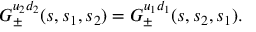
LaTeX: { \cal G } _ { \pm } ^ { u _ { 2 } d _ { 2 } } ( s , s _ { 1 } , s _ { 2 } ) = { \cal G } _ { \pm } ^ { u _ { 1 } d _ { 1 } } ( s , s _ { 2 } , s _ { 1 } ) .